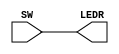
// use switch to control LED

module HW1(SW, LEDR);

input [15:0] SW;
output reg [15:0] LEDR;

always@(*) begin

	LEDR = SW;
	
end


endmodule